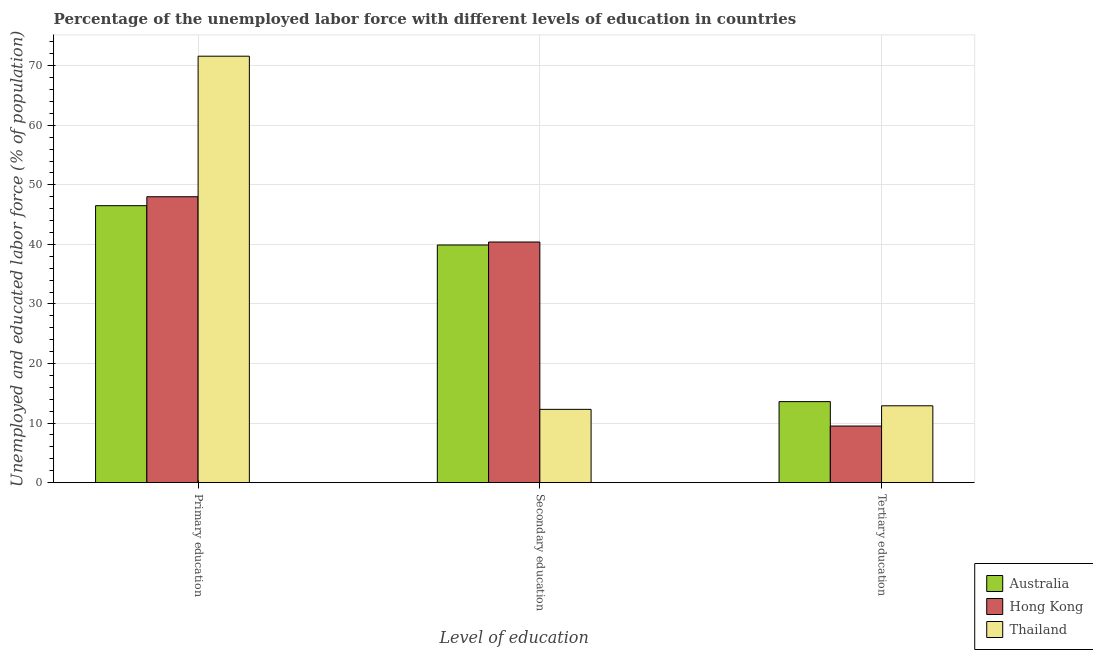
| Level of education | Australia | Hong Kong | Thailand |
 | --- | --- | --- | --- |
 | Primary education | 46.5 | 48 | 71.6 |
 | Secondary education | 39.9 | 40.4 | 12.3 |
 | Tertiary education | 13.6 | 9.5 | 12.9 |